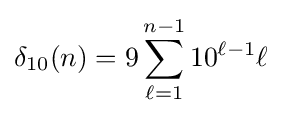
\delta _{10}(n)=9\sum _{\ell =1}^{n-1}10^{\ell -1}\ell